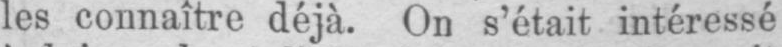
les connaître déjà. On s’était intéressé